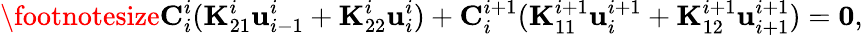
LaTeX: \footnotesize\mathbf{C}_{i}^{i}(\mathbf{K}_{21}^{i}\mathbf{u}_{i-1}^{i}+\mathbf{K}_{22}^{i}\mathbf{u}_{i}^{i})+\mathbf{C}_{i}^{i+1}(\mathbf{K}_{11}^{i+1}\mathbf{u}_{i}^{i+1}+\mathbf{K}_{12}^{i+1}\mathbf{u}_{i+1}^{i+1})=\mathbf{0},